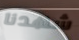
شهدنا